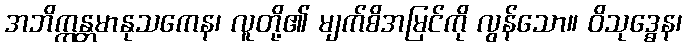
အဘိက္ကန္တမာနုသကေန၊ လူတို့၏ မျက်စိအမြင်ကို လွန်သော။ ဝိသုဒ္ဓေန၊